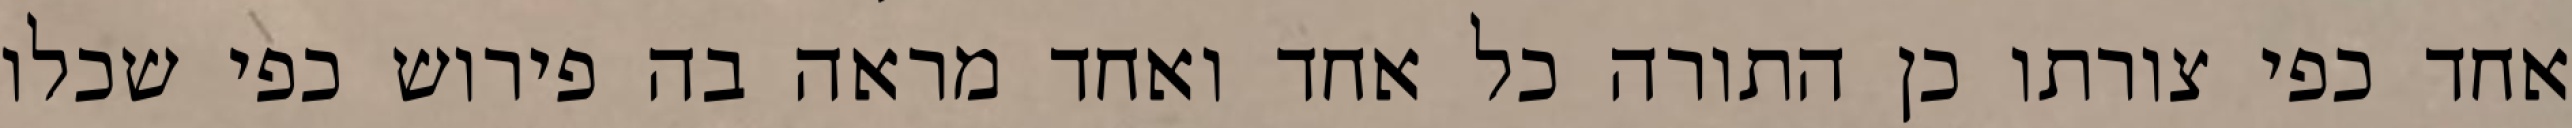
אחד כפי צורתו כן התורה כל אחד ואחד מראה בה פירוש כפי שכלו